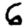
Digit: 6